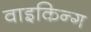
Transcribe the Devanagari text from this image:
वाइकिन्ग